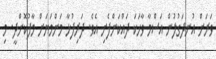
ވަރަށް އުނދަގުލުން އަސްމާ ވާހަކަ ދައްކަންފެށި އެވެ. ދަރިފުޅާ މަންމަޔަށް މާފުކޮށްދީ. މި